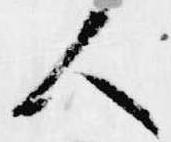
人